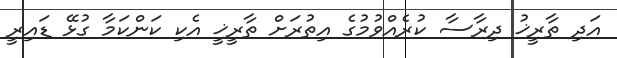
އަދި ތާރީޚު ދިރާސާ ކުރެއްވުމުގެ އިތުރަށް ތާރީޚީ އެކި ކަންކަމާ ގުޅޭ ޑައިރީ